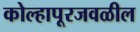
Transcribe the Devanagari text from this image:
कोल्हापूरजवळील